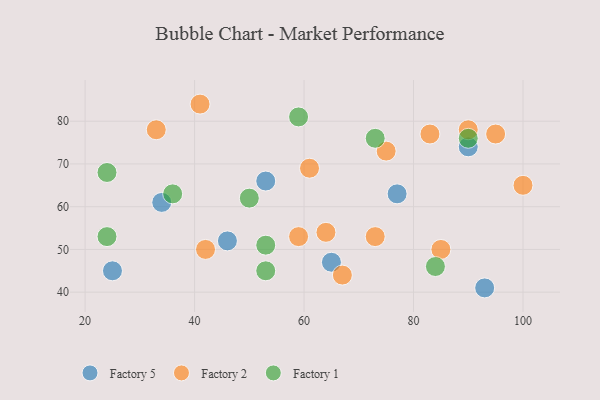
{"axis": {"x": "GDP", "y": "Life Expectancy"}, "legend": ["Factory 1", "Factory 2", "Factory 5"], "data": [{"x": "77", "y": 63, "type": "Factory 5"}, {"x": "65", "y": 47, "type": "Factory 5"}, {"x": "34", "y": 61, "type": "Factory 5"}, {"x": "25", "y": 45, "type": "Factory 5"}, {"x": "90", "y": 74, "type": "Factory 5"}, {"x": "93", "y": 41, "type": "Factory 5"}, {"x": "46", "y": 52, "type": "Factory 5"}, {"x": "53", "y": 66, "type": "Factory 5"}, {"x": "64", "y": 54, "type": "Factory 2"}, {"x": "41", "y": 84, "type": "Factory 2"}, {"x": "33", "y": 78, "type": "Factory 2"}, {"x": "73", "y": 53, "type": "Factory 2"}, {"x": "42", "y": 50, "type": "Factory 2"}, {"x": "59", "y": 53, "type": "Factory 2"}, {"x": "85", "y": 50, "type": "Factory 2"}, {"x": "75", "y": 73, "type": "Factory 2"}, {"x": "90", "y": 78, "type": "Factory 2"}, {"x": "100", "y": 65, "type": "Factory 2"}, {"x": "95", "y": 77, "type": "Factory 2"}, {"x": "83", "y": 77, "type": "Factory 2"}, {"x": "61", "y": 69, "type": "Factory 2"}, {"x": "67", "y": 44, "type": "Factory 2"}, {"x": "36", "y": 63, "type": "Factory 1"}, {"x": "84", "y": 46, "type": "Factory 1"}, {"x": "24", "y": 68, "type": "Factory 1"}, {"x": "24", "y": 53, "type": "Factory 1"}, {"x": "59", "y": 81, "type": "Factory 1"}, {"x": "53", "y": 45, "type": "Factory 1"}, {"x": "50", "y": 62, "type": "Factory 1"}, {"x": "53", "y": 51, "type": "Factory 1"}, {"x": "90", "y": 76, "type": "Factory 1"}, {"x": "73", "y": 76, "type": "Factory 1"}]}